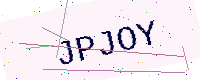
Text: JPJOY